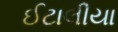
ઈટાલીયા